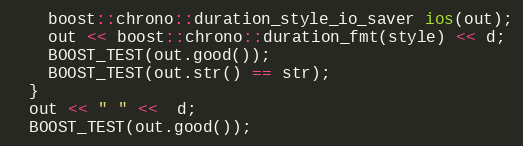
Language: C++
    boost::chrono::duration_style_io_saver ios(out);
    out << boost::chrono::duration_fmt(style) << d;
    BOOST_TEST(out.good());
    BOOST_TEST(out.str() == str);
  }
  out << " " <<  d;
  BOOST_TEST(out.good());